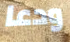
ودعا